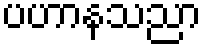
ပဟာနသညာ